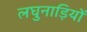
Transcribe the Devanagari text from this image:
लघुनाड़ियों